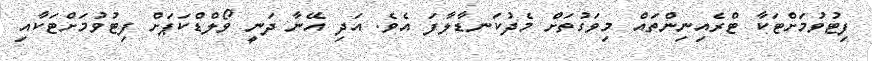
ފިޓުވުމަށްޓަކާ ޓްރެއިނިންތައް މިވަގުތަށް މެދުކަނޑާލާފަ އެވެ. އަދި އޭނާ ދަނީ ވޯލްޑްކަޕަށް ފިޓުވުމަށްޓަކާއި